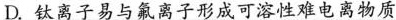
D.钛离子易与氟离子形成可溶性难电离物质